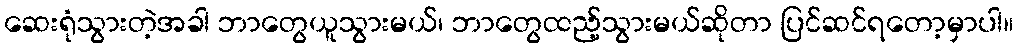
ဆေးရုံသွားတဲ့အခါ ဘာတွေယူသွားမယ်၊ ဘာတွေထည့်သွားမယ်ဆိုတာ ပြင်ဆင်ရတော့မှာပါ။